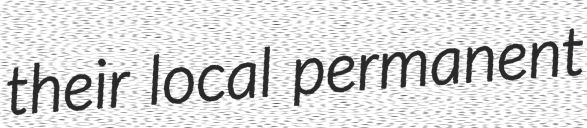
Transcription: their local permanent